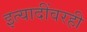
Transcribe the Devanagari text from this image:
इत्यादींवरही